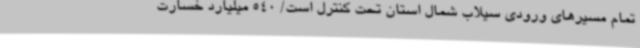
تمام مسیرهای ورودی سیلاب شمال استان تحت کنترل است/ 540 میلیارد خسارت